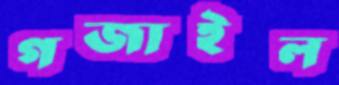
গজাইল